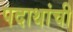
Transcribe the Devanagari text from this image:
पदाथांची